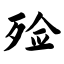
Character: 殓